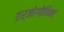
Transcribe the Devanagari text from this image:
हर्जोगोविना